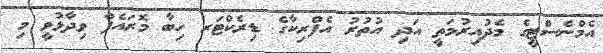
އެމްނެސްޓީގެ މެދުއިރުމަތީ އަދި އުތުރު އެފްރިކާގެ ޑިރެކްޓަރ ހިބާ މޮރައެފް ވިދާޅުވީ މި